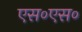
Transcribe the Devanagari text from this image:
एस०एस०